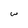
Character: w